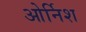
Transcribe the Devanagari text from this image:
ओर्निश